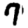
Digit: 7